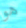
هو